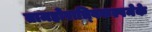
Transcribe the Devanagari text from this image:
तामहोरात्र्विकल्पमेके